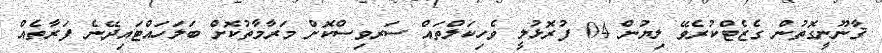
ޤާނޫނީގޮތުން ގެޒެޓްކުރެވޭ ލިޔުން 04 ފުރޮޅުލީ ވެހިކަލްތައް ސަރވިސްކޮށް މަރާމާތުކޮށް ބަލަހައްޓައިދޭނެ ފަރާތެއް